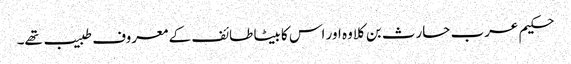
حکیم عرب حارث بن کلاوہ اور اس کا بیٹا طائف کے معروف طبیب تھے۔